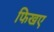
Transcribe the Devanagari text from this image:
फिखए